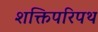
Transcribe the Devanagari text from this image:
शक्तिपरिपथ